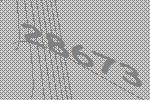
28673